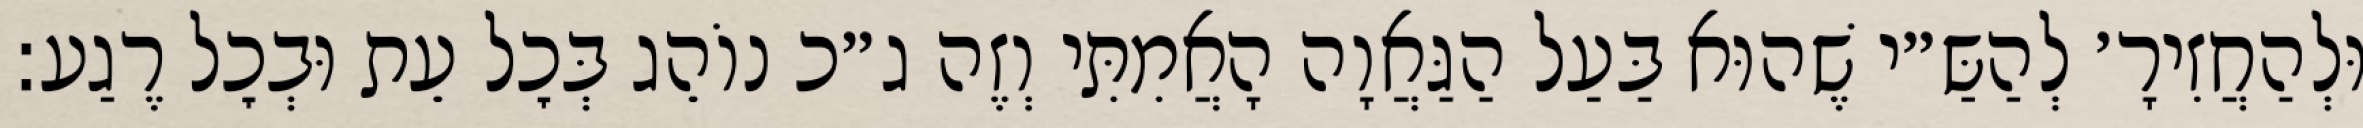
וּלְהַחֲזִירָ׳ לְהַשַּ״י שֶׁהוּא בַּעַל הַגַּאֲוָה הָאֲמִתִּי וְזֶה ג״כ נוֹהֵג בְּכׇל עֵת וּבְכׇל רֶגַע: